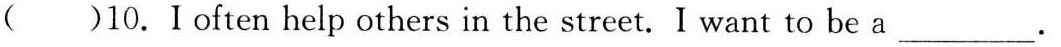
（）10. Ioften help others in the street. I want to be a___.